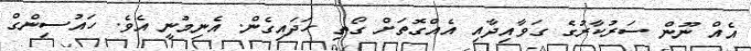
އެއް ނޫން ސަރުކާރުގެ ގަވާއިދާއި އެއްގޮތަށް ގޯތި ހަދައިގެން. އެނިމުނީ އެވެ. ހައުސިންގް